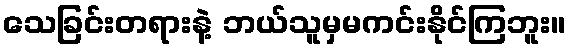
သေခြင်းတရားနဲ့ ဘယ်သူမှမကင်းနိုင်ကြဘူး။